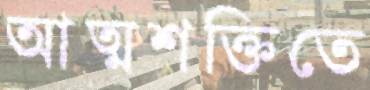
আত্মশক্তিতে